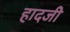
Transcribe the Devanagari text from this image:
हादजी